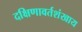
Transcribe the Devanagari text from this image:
दक्षिणावर्तशंखाय